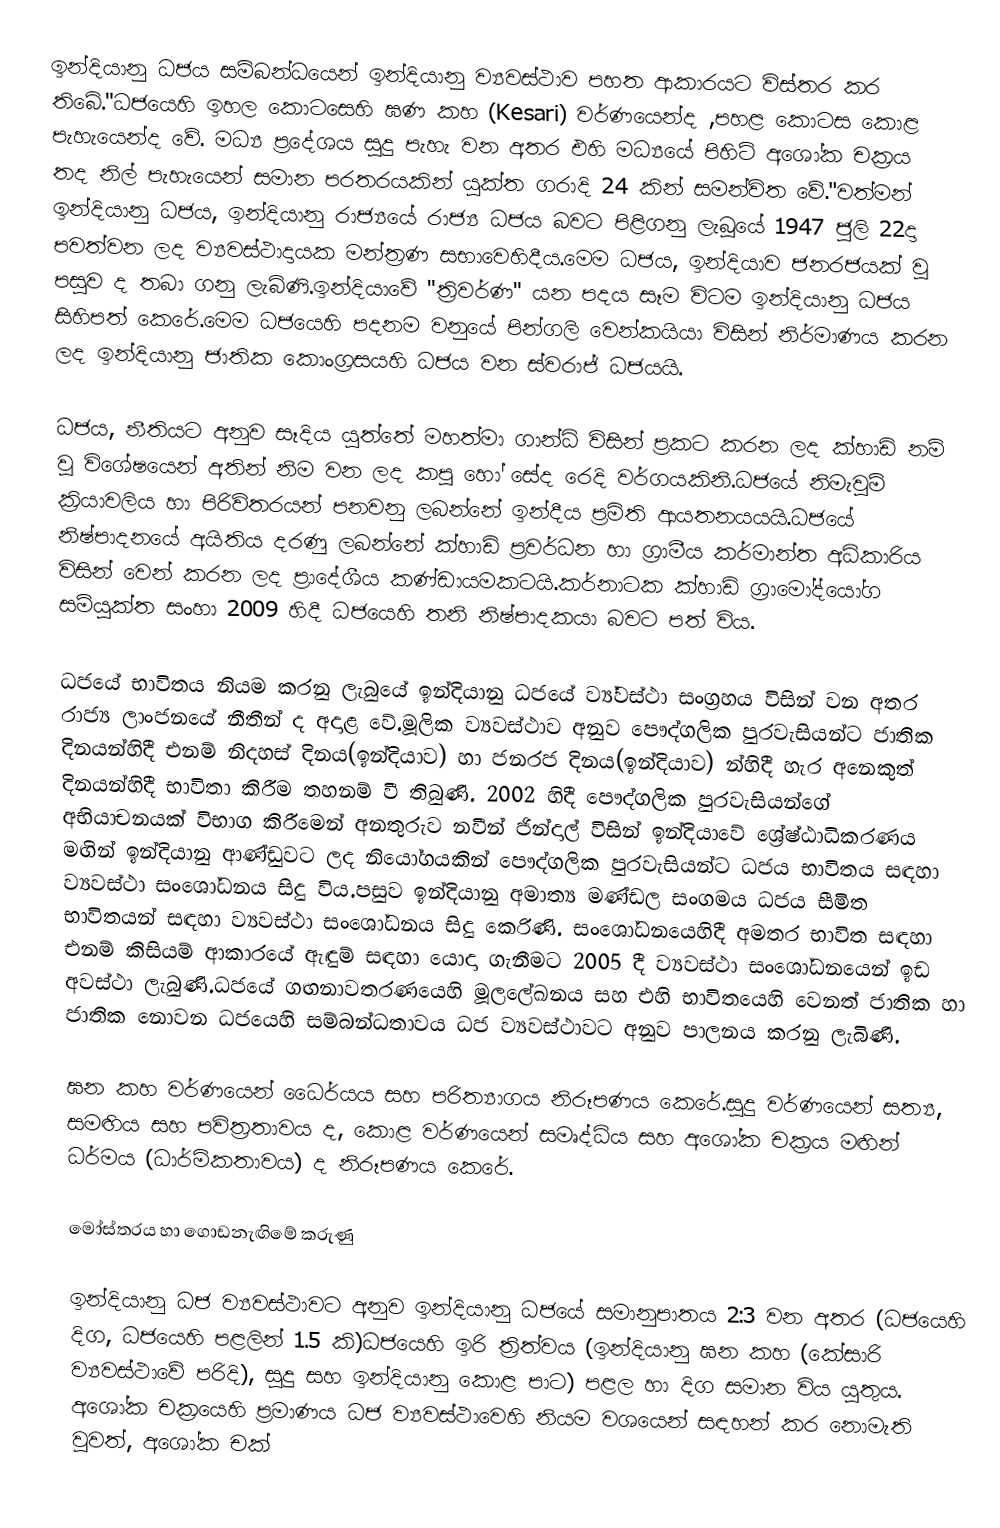
ඉන්දියානු ධජය සම්බන්ධයෙන් ඉන්දියානු ව්‍යවස්ථාව පහත ආකාරයට විස්තර කර තිබේ."ධජයෙහි ඉහල කොටසෙහි ඝණ කහ (Kesari) වර්ණයෙන්ද ,පහළ කොටස කොළ පැහැයෙන්ද වේ. මධ්‍ය ප්‍රදේශය සුදු පැහැ වන අතර එහි මධ්‍යයේ පිහිටි අශෝක චක්‍රය තද නිල් පැහැයෙන් සමාන පරතරයකින් යුක්ත ගරාදි 24 කින් සමන්විත වේ."වත්මන් ඉන්දියානු ධජය, ඉන්දියානු රාජ්‍යයේ රාජ්‍ය ධජය බවට  පිළිගනු ලැබූයේ 1947 ජුලි 22දා පවත්වන ලද ව්‍යවස්ථාදායක මන්ත්‍රණ සභාවෙහිදීය.මෙම ධජය, ඉන්දියාව ජනරජයක් වූ පසුව ද තබා ගනු ලැබිණි.ඉන්දියාවේ "ත්‍රිවර්ණ" යන පදය සෑම විටම ඉන්දියානු ධජය සිහිපත් කෙරේ.මෙම ධජයෙහි පදනම වනුයේ පින්ගලි වෙන්කයියා විසින් නිර්මාණය කරන ලද ඉන්දියානු ජාතික කොංග්‍රසයහි ධජය වන ස්වරාජ් ධජයයි.

ධජය, නීතියට අනුව සෑදිය යුත්තේ මහත්මා ගාන්ධි විසින් ප්‍රකට කරන ලද ක්හාඩි නම් වූ විශේෂයෙන් අතින් නිම වන ලද කපු හෝ සේද රෙදි වර්ගයකිනි.ධජයේ නිමැවුම් ක්‍රියාවලිය හා පිරිවිතරයන් පනවනු ලබන්නේ ඉන්දීය ප්‍රමිති ආයතනයයයි.ධජයේ නිෂ්පාදනයේ අයිතිය දරණු ලබන්නේ ක්හාඩි ප්‍රවර්ධන හා ග්‍රාමීය කර්මාන්ත අධිකාරිය විසින් වෙන් කරන ලද ප්‍රාදේශීය කණ්ඩායමකටයි.කර්නාටක ක්හාඩි ග්‍රාමෝද්යෝග සම්යුක්ත සංහා 2009 හිදී ධජයෙහි තනි නිෂ්පාදකයා බවට පත් විය.

ධජයේ භාවිතය නියම කරනු ලැබුයේ ඉන්දියානු ධජයේ ව්‍ය්වස්ථා සංග්‍රහය විසින් වන අතර රාජ්‍ය ලාංජනයේ නීතීන් ද අදාළ වේ.මූලික ව්‍යවස්ථාව අනුව පෞද්ගලික පුරවැසියන්ට ජාතික දිනයන්හිදී එනම් නිදහස් දිනය(ඉන්දියාව) හා ජනරජ දිනය(ඉන්දියාව) න්හිදී හැර අනෙකුත් දිනයන්හිදී භාවිතා කිරීම තහනම් වී තිබුණි. 2002 හිදී පෞද්ගලික පුරවැසියන්ගේ අභියාචනයක් විභාග කිරීමෙන් අනතුරුව නවීන් ජින්දාල් විසින් ඉන්දියාවේ ශ්‍රේෂ්ඨාධිකරණය මඟින් ඉන්දියානු ආණ්ඩුවට ලද නියෝගයකින් පෞද්ගලික පුරවැසියන්ට ධජය භාවිතය සඳහා ව්‍යවස්ථා සංශෝධනය සිදු විය.පසුව ඉන්දියානු අමාත්‍ය මණ්ඩල සංගමය ධජය සීමිත භාවිතයන් සඳහා ව්‍යවස්ථා සංශෝධනය සිදු කෙරිණි. සංශෝධනයෙහිදී අමතර භාවිත සඳහා එනම් කිසියම් ආකාරයේ ඇඳුම් සඳහා යොදා ගැනීමට 2005 දී ව්‍යවස්ථා සංශෝධනයෙන් ඉඩ අවස්ථා ලැබුණි.ධජයේ ගඟනාවතරණයෙහි මූලලේඛනය සහ එහි භාවිතයෙහි වෙනත් ජාතික හා ජාතික නොවන ධජයෙහි සම්බන්ධතාවය ධජ ව්‍යවස්ථාවට අනුව පාලනය කරනු ලැබිණි.

ඝන කහ වර්ණයෙන් ධෛර්යය සහ පරිත්‍යාගය නිරූපණය කෙරේ.සුදු වර්ණයෙන් සත්‍ය, සමඟිය සහ පවිත්‍රතාවය ද, කොළ වර්ණයෙන් සමෘද්ධිය සහ අශෝක චක්‍රය මඟින් ධර්මය (ධාර්මිකතාවය) ද නිරූපණය කෙරේ.

මෝස්තරය හා ගොඩනැඟිමේ කරුණු

ඉන්දියානු ධජ ව්‍යවස්ථාවට අනුව ඉන්දියානු ධජයේ සමානුපාතය 2:3 වන අතර (ධජයෙහි දිග, ධජයෙහි පළලින් 1.5 කි)ධජයෙහි ඉරි ත්‍රිත්වය (ඉන්දියානු ඝන කහ (කේසාරි ව්‍යවස්ථාවේ පරිදි), සුදු සහ ඉන්දියානු කොළ පාට) පළල හා දිග සමාන විය යුතුය. අශෝක චක්‍රයෙහි ප්‍රමාණය ධජ ව්‍යවස්ථාවෙහි නියම වශයෙන් සඳහන් කර නොමැති වුවත්, අශෝක චක්